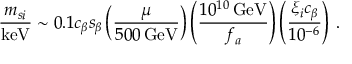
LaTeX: { \frac { m _ { s i } } { \mathrm { k e V } } } \sim 0 . 1 c _ { \beta } s _ { \beta } \left( \frac { \mu } { 5 0 0 \, \mathrm { G e V } } \right) \left( \frac { 1 0 ^ { 1 0 } \, \mathrm { G e V } } { f _ { a } } \right) \left( \frac { \xi _ { i } c _ { \beta } } { 1 0 ^ { - 6 } } \right) \, .